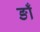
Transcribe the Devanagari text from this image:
ङाँ